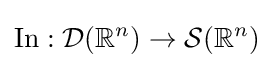
\operatorname {In} :{\mathcal {D}}(\mathbb {R} ^{n})\to {\mathcal {S}}(\mathbb {R} ^{n})